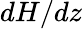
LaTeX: dH/dz